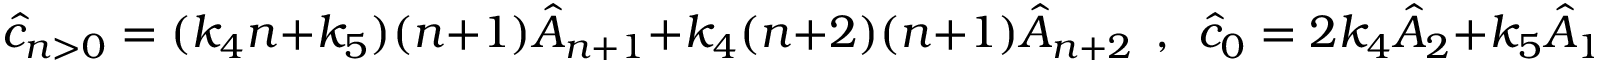
\hat { c } _ { n > 0 } = ( k _ { 4 } n + k _ { 5 } ) ( n + 1 ) \hat { A } _ { n + 1 } + k _ { 4 } ( n + 2 ) ( n + 1 ) \hat { A } _ { n + 2 } ~ ~ , ~ ~ \hat { c } _ { 0 } = 2 k _ { 4 } \hat { A } _ { 2 } + k _ { 5 } \hat { A } _ { 1 } .